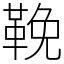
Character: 鞔